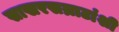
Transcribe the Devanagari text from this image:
साखरसम्राटांशी